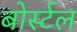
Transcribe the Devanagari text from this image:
बोर्स्टल